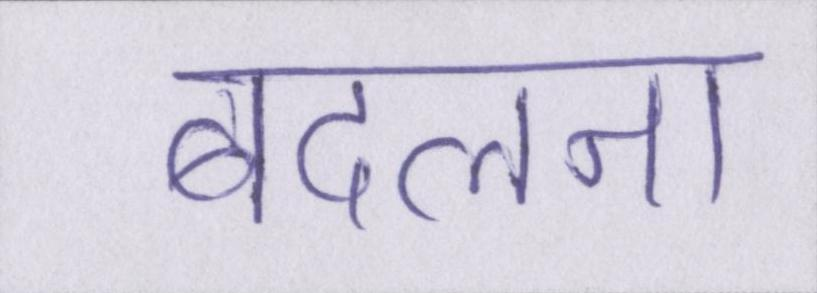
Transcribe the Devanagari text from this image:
बदलना